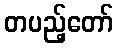
တပည့်တော်